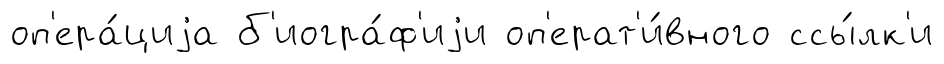
оп'ера́циjа б'иогра́ф'иjи оп'ерат'и́вного ссы́лк'и